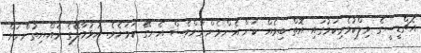
އެޗްޑީސީގެ މިލްކުވެރިކަމުގައި އޮތް ބިމެއް ކަން އެންމެންނަށްވެސް އެނގޭ ކަމަށެވެ. ހުޅުމާލޭގެ ރައްޔިތުންނަށް